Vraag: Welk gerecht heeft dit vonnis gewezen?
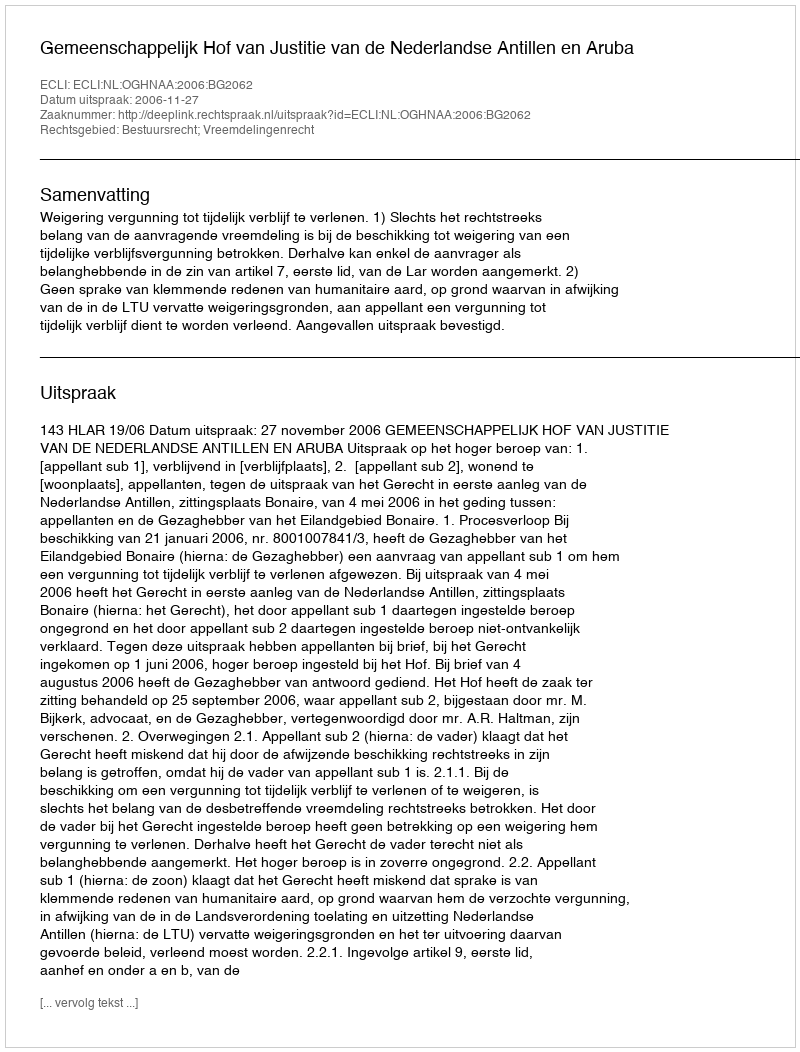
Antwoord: Gemeenschappelijk Hof van Justitie van de Nederlandse Antillen en Aruba